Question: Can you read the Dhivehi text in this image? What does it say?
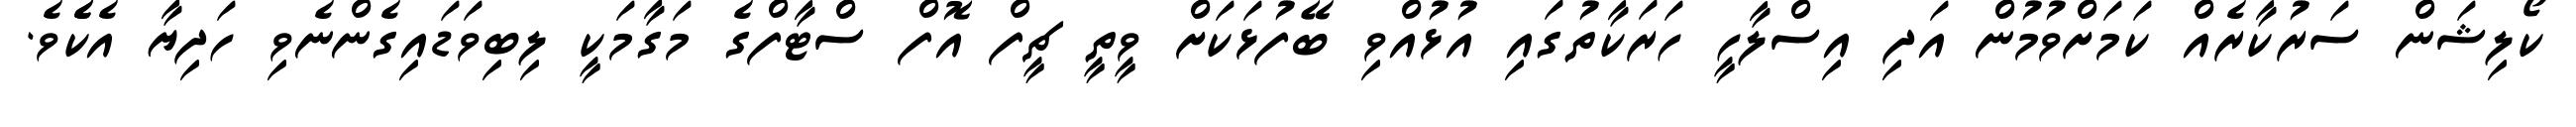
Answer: ކޯލިޝަން ސަރުކާރެއް ކަމަށްވުމުން އަދި އިސްލާހީ ހަރަކާތުގައި އުޅުއްވި ބޭފުޅަކަށް ވީތީ ޗީފް އޮފް ސްޓާފްގެ މަގާމަކީ ލިބިވަޑައިގެންނެވި ހަދިޔާ އެކެެވެ.